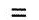
=